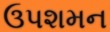
ઉપશમન